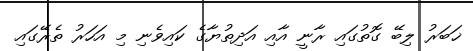
ޚަބަރު ލިބޭ ގޮތުގައި ރާނީ އާއި އަދިތުޔާގެ ކައިވެނި މި އަހަރު ތެރޭގައި